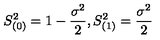
S _ { ( 0 ) } ^ { 2 } = 1 - \frac { \sigma ^ { 2 } } 2 , S _ { ( 1 ) } ^ { 2 } = \frac { \sigma ^ { 2 } } 2